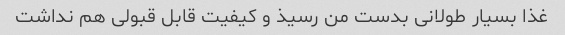
غذا بسیار طولانی بدست من رسیذ و کیفیت قابل قبولی هم نداشت